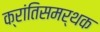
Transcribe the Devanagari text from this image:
क्रांतिसमर्थक